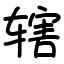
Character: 辖